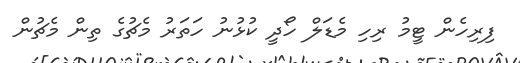
ފިރިހެން ޓީމު ރިހި މެޑަލް ހޯދީ ކުޅުނު ހަތަރު މެޗުގެ ތިން މެޗުން